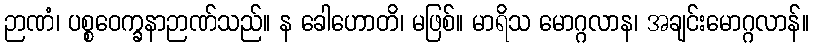
ဉာဏံ၊ ပစ္စဝေက္ခနာဉာဏ်သည်။ န ခေါဟောတိ၊ မဖြစ်။ မာရိသ မောဂ္ဂလာန၊ အချင်းမောဂ္ဂလာန်။